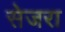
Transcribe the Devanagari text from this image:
सेजरा